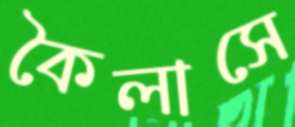
কৈলাসে